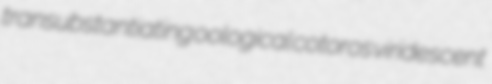
transubstantiating oological cotoros viridescent